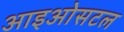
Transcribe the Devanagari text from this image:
आइओसटल